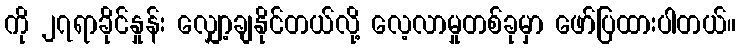
ကို ၂၇ရာခိုင်နှုန်း လျှော့ချနိုင်တယ်လို့ လေ့လာမှုတစ်ခုမှာ ဖော်ပြထားပါတယ်။